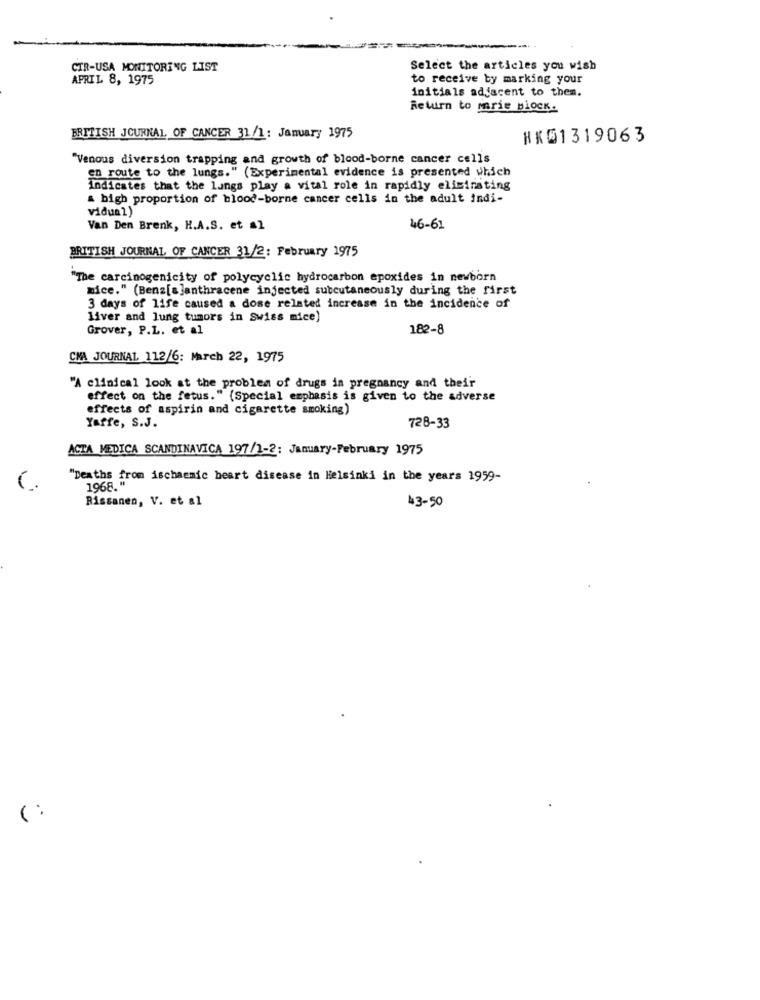
CTR-USA MONITORING LIST
Select the articles you wish
APRIL 8, 1975
to receive by marking your
initials adjacent to them.
Return to marie block.
BRITISH JOURNAL OF CANCER 31/1: January 1975
HK01319063
"Venous diversion trapping and growth of blood-borne cancer cells
en route to the lungs." (Experimental evidence is presented which
Indicates that the lungs play a vital role in rapidly elisirsting
& bigh proportion of blood-borne cancer cells in the adult indi-
vidual)
Van Den Brenk, H.A.S. et =1
46-61
BRITISH JOURNAL OF CANCER 31/2: February 1975
"The carcinogenicity of polycyclic hydrocarbon epoxides in newborn
mice." (Benz[a]anthracene injected subcutaneously during the first
3 days of life caused a dose related increase in the incidence of
liver and lung tumors in Swiss mice)
Grover, P.L. et al
182-8
CMA JOURNAL 112/6: March 22, 1975
"A clinical look at the problem of drugs in pregnancy and their
effect on the fetus." (Special emphasis is given to the adverse
effects of aspirin and cigarette smoking)
Yaffe, S.J.
728-33
ACTA MEDICA SCANDINAVICA 197/1-2: January-February 1975
"Deaths from ischaemic heart disease in Helsinki in the years 1959-
1968."
Rissanen, V. et al
43-50